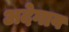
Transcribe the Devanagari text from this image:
अदेगाव